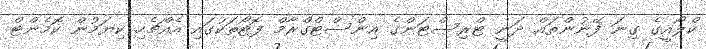
ކްލޯއީގެ ގިނަ ފޭނުންތައް ދަނީ ޓްރިސްޓަންގެ އިންސްޓްގްރާމް ފޮޓޯތަކުގައި އެއްޗެހި ކިޔަމުން ކޮމެންޓް